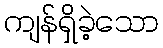
ကျန်ရှိခဲ့သော